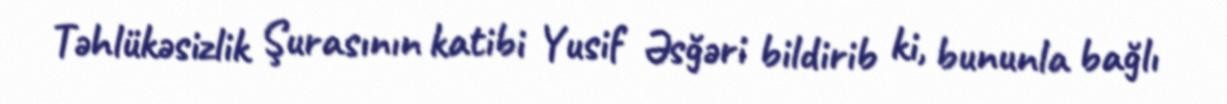
Təhlükəsizlik Şurasının katibi Yusif Əsğəri bildirib ki, bununla bağlı